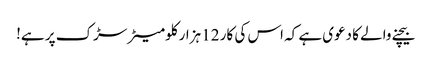
بیچنے والے کا دعوی ہے کہ اس کی کار 12 ہزار کلومیٹر سڑک پر ہے!